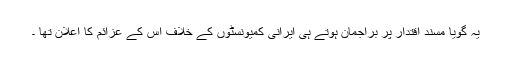
یہ گویا مسندِ اقتدار پر براجمان ہوتے ہی ایرانی کمیونسٹوں کے خلاف اس کے عزائم کا اعلان تھا ۔